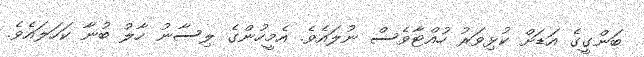
ބަންގީގެ އަޑަށް ކުޅިވަރު ހުއްޓާވެސް ނުލައެވެ. އެމީހުންގެ ލިސާނު ހާލު ބުނާ ކަހަލައެވެ.